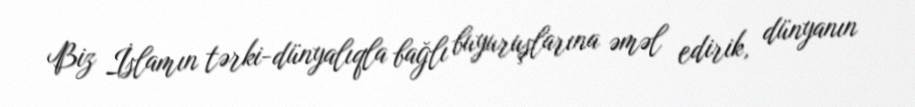
Biz İslamın tərki-dünyalıqla bağlı buyuruşlarına əməl edirik, dünyanın